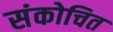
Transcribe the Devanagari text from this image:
संकोचित